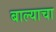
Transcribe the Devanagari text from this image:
बाल्याचा